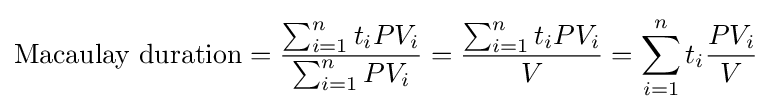
{\text{Macaulay duration}}={\frac {\sum _{i=1}^{n}{t_{i}PV_{i}}}{\sum _{i=1}^{n}{PV_{i}}}}={\frac {\sum _{i=1}^{n}{t_{i}PV_{i}}}{V}}=\sum _{i=1}^{n}t_{i}{\frac {PV_{i}}{V}}